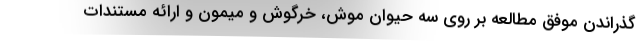
گذراندن موفق مطالعه بر روی سه حیوان موش، خرگوش و میمون و ارائه مستندات